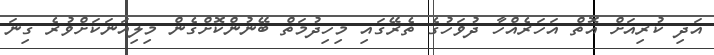
އަދި ކުރިއަށް އޮތް އަހަރެއްހާ ދުވަހުގެ ތެެރޭގައި މިހިދުމަތް ބޭނުންކޮށްގެން މިލިއަނަކަށްވުރެ ގިނަ